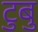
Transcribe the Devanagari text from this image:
टुबु